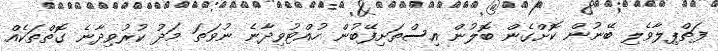
ފަތްޕިލާވެލި ބޭނުން ކޮށްގެން ބޮލުން އިސްތަށިފޭބުން ހުއްޓުވިދާނެ ނުވަތަ މަދު ކުރުވިދާނެ ގޮތްތަކެއް